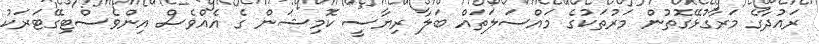
ރައުދާގެ މަރާގުޅޭގޮތުން މަރުތަކުގެ މައްސަލަތައް ބަލާ ރިޔާސީ ކޮމިޝަން ގެ އެއްވެސް އިންވެސްޓިގޭޓަރަކު